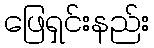
ဖြေရှင်းနည်း